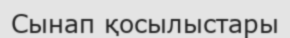
Сынап қосылыстары